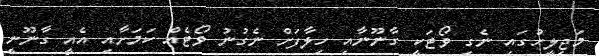
މަޖިލީހުގައި ނެގި ވޯޓަކީ ގާނޫނާއި ހިލާފަށް ނެގުނު ވޯޓެއް ކަމަށާއި އެއީ ގާނޫނީ